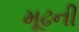
મૂઢની